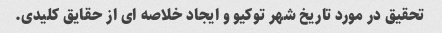
تحقیق در مورد تاریخ شهر توکیو و ایجاد خلاصه ای از حقایق کلیدی.